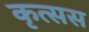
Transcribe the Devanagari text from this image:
कृत्सस